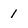
Character: 1